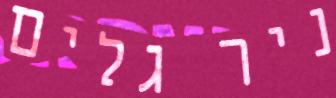
ניר גלים